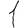
Digit: 1